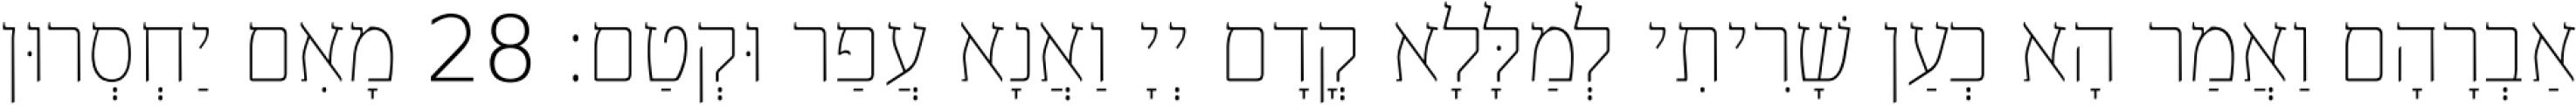
אַבְרָהָם וַאֲמַר הָא כְעַן שָׁרִיתִי לְמַלָּלָא קֳדָם יְיָ וַאֲנָא עֲפַר וּקְטַם׃ 28 מָאִם יַחְסְרוּן